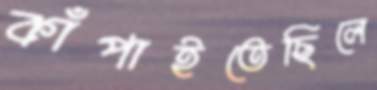
কাঁপাইতেছিলে